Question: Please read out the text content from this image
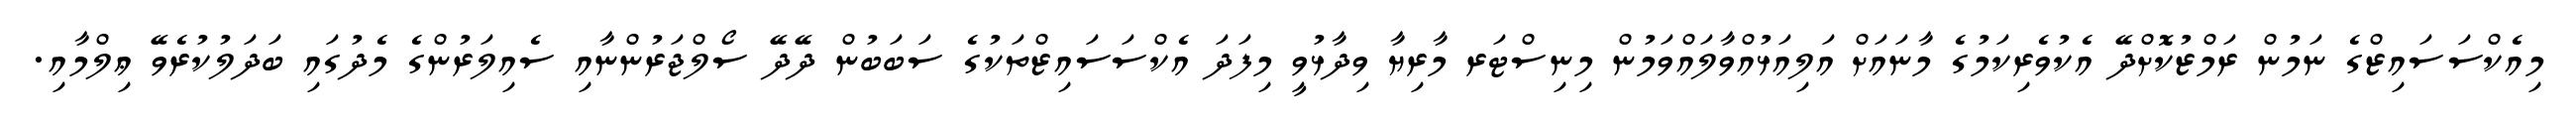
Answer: މިއެކްސަސައިޒްގެ ނަމުން ރަމްޒުކޮށްދޭ އެކުވެރިކަމުގެ މާނައަށް އަލިއަޅުއްވާލައްވަމުން މިނިސްޓަރ މާރިޔާ ވިދާޅުވީ މިފަދަ އެކްސަސައިޒްތަކުގެ ސަބަބުން ދޭދޭ ސޯލްޖަރުންނާއި ސެއިލަރުންގެ މެދުގައި ބަދަލުކުރެވޭ ޢިލްމާއި.